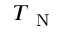
T \textsubscript { N }